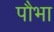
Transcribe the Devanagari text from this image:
पौभा